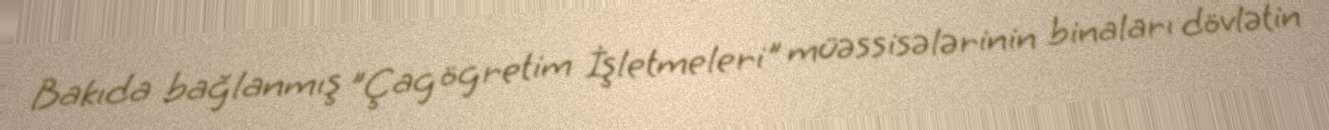
Bakıda bağlanmış "Çag ögretim İşletmeleri" müəssisələrinin binaları dövlətin